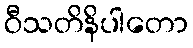
ဝီသတိနိပါတော